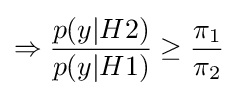
\Rightarrow {\frac {p(y|H2)}{p(y|H1)}}\geq {\frac {\pi _{1}}{\pi _{2}}}